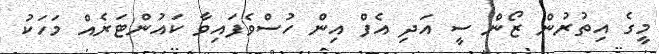
މީގެ އިތުރުން ޒޯން ސީ އަދި އެފް އިން ހުސްވެފައިވާ ކައުންޓަރެއް މަހަކު